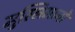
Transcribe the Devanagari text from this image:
मुस्लिमानों